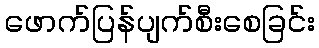
ဖောက်ပြန်ပျက်စီးစေခြင်း